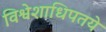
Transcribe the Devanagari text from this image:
विश्वेशाधिपतये